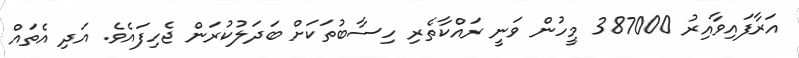
އަރާފައިވާއިރު 387000 މީހުން ވަނީ ރައްކާތެރި ހިސާބުތަކަށް ބަދަލުކުރަން ޖެހިފައެވެ. އަދި އެތައް